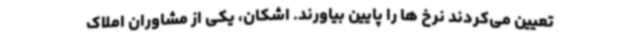
تعیین می‌کردند نرخ ها را پایین بیاورند. اشکان، یکی از مشاوران املاک